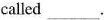
called ___.